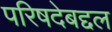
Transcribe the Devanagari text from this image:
परिषदेबद्दल